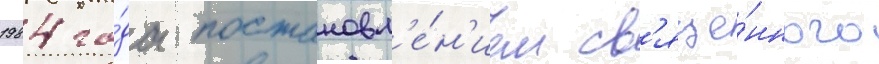
1984 го́да постановл'е́н'ием св'яще́нного